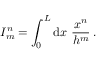
I _ { m } ^ { n } = \int _ { 0 } ^ { L } \mathrm { d } x \ \frac { x ^ { n } } { h ^ { m } } \, .